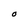
Character: O